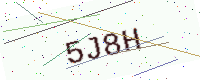
Text: 5J8H